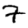
Digit: 7